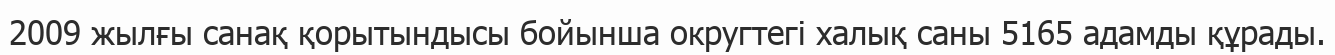
2009 жылғы санақ қорытындысы бойынша округтегі халық саны 5165 адамды құрады.